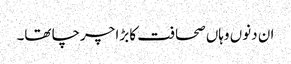
ان دنوں وہاں صحافت کا بڑا چرچا تھا۔